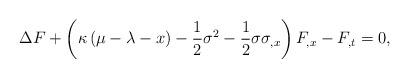
LaTeX: \begin{align*}\Delta F+\left( \kappa \left( \mu -\lambda -x\right) -\frac{1}{2}\sigma ^{2}-\frac{1}{2}\sigma \sigma _{,x}\right) F_{,x}-F_{,t}=0, \end{align*}